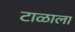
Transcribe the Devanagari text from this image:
टाळाला